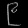
Digit: ၉